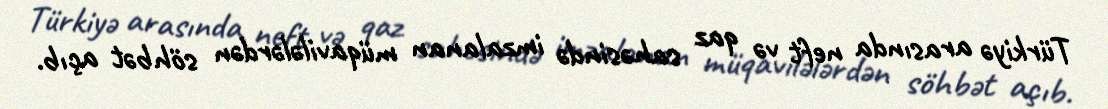
Türkiyə arasında neft və qaz sahəsində imzalanan müqavilələrdən söhbət açıb.